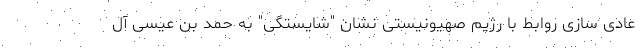
عادی سازی روابط با رژیم صهیونیستی نشان "شایستگی" به حمد بن عیسی آل